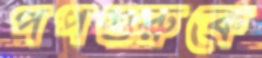
পপগুরুকে